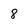
Character: 8